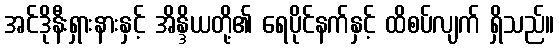
အင်ဒိုနီးရှားနားနှင့် အိန္ဒိယတို့၏ ရေပိုင်နက်နှင့် ထိစပ်လျက် ရှိသည်။